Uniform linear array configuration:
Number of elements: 4
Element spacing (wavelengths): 1
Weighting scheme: kaiser
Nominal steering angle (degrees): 30
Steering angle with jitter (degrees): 31.619
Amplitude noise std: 0.05
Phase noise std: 0.05

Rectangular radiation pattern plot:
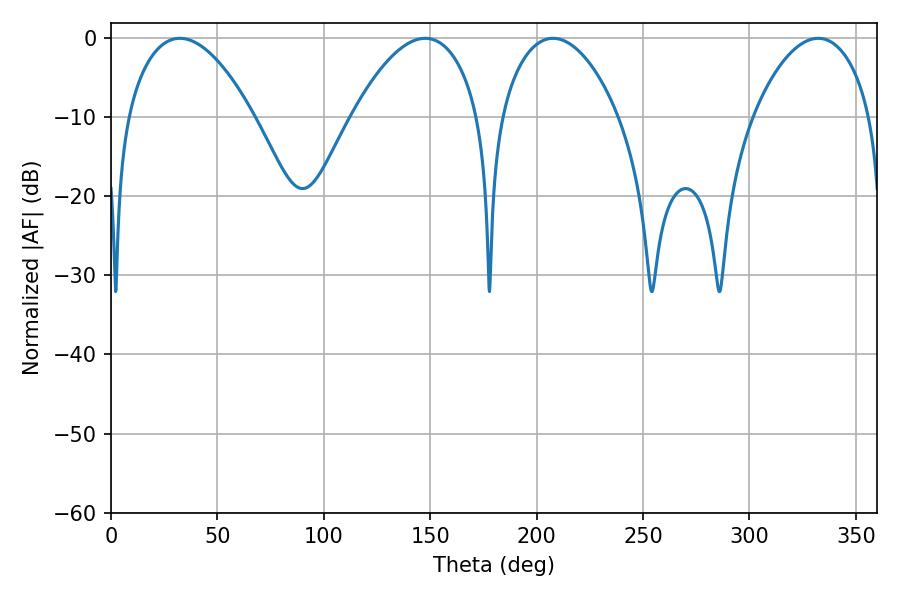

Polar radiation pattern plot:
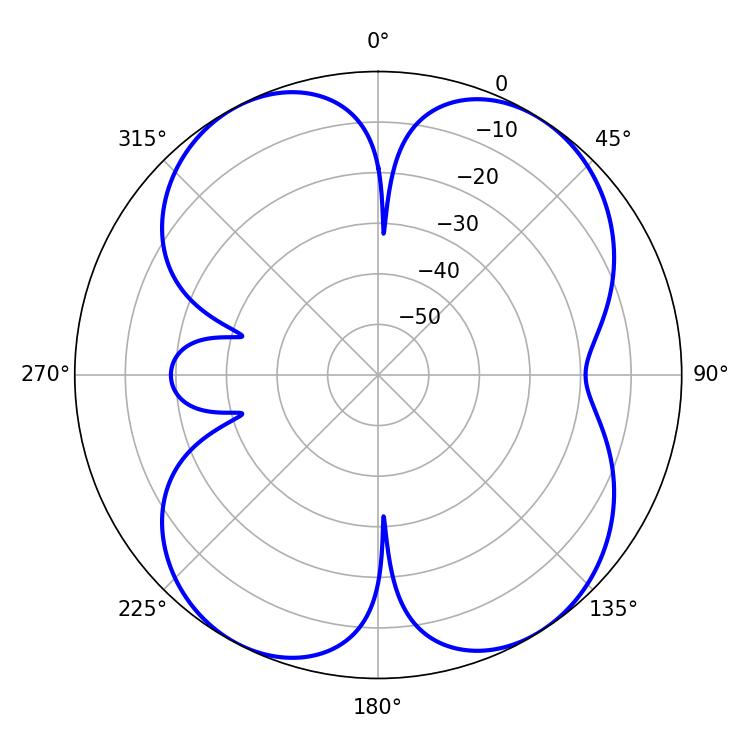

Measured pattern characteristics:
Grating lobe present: TRUE
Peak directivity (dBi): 11.413
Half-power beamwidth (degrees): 31.14
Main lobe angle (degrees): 332.28